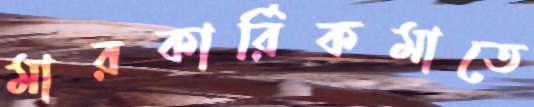
মারকার্রিকমাতে